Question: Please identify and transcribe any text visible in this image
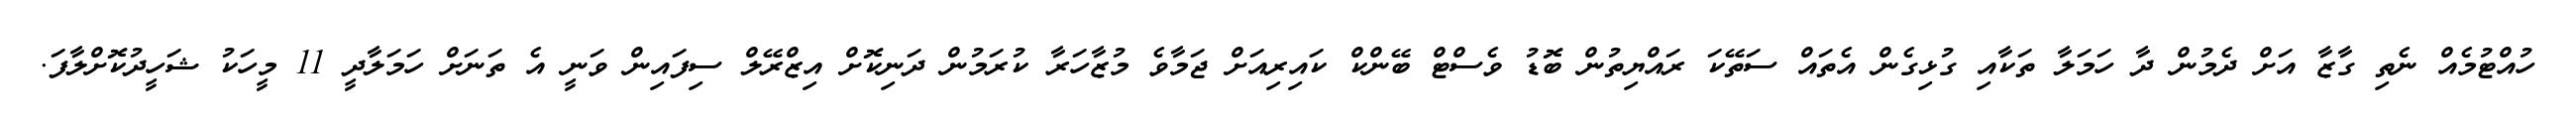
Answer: ހުއްޓުމެއް ނެތި ގާޒާ އަށް ދެމުން ދާ ހަމަލާ ތަކާއި ގުޅިގެން އެތައް ސަތޭކަ ރައްޔިތުން ބޮޑު ވެސްޓް ބޭންކް ކައިރިއަށް ޖަމާވެ މުޒާހަރާ ކުރަމުން ދަނިކޮށް އިޒްރޭލް ސިފައިން ވަނީ އެ ތަނަށް ހަމަލާދީ 11 މީހަކު ޝަހީދުކޮށްލާފަ.